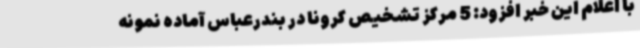
با اعلام این خبر افزود: 5 مرکز تشخیص کرونا در بندرعباس آماده نمونه